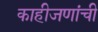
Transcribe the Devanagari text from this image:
काहीजणांची